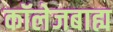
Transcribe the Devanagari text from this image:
कॉलेजबाह्य